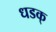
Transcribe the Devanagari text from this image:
धडक्